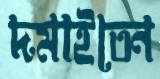
দমাইতেন